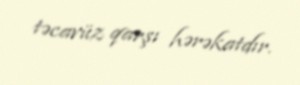
təcavüz qarşı hərəkatdır.